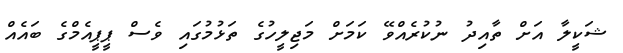
ޝަކީލާ އަށް ތާއިދު ނުކުރެއްވޭ ކަމަށް މަޖިލީހުގެ ތަޅުމުގައި ވެސް ޕީޕީއެމްގެ ބައެއް